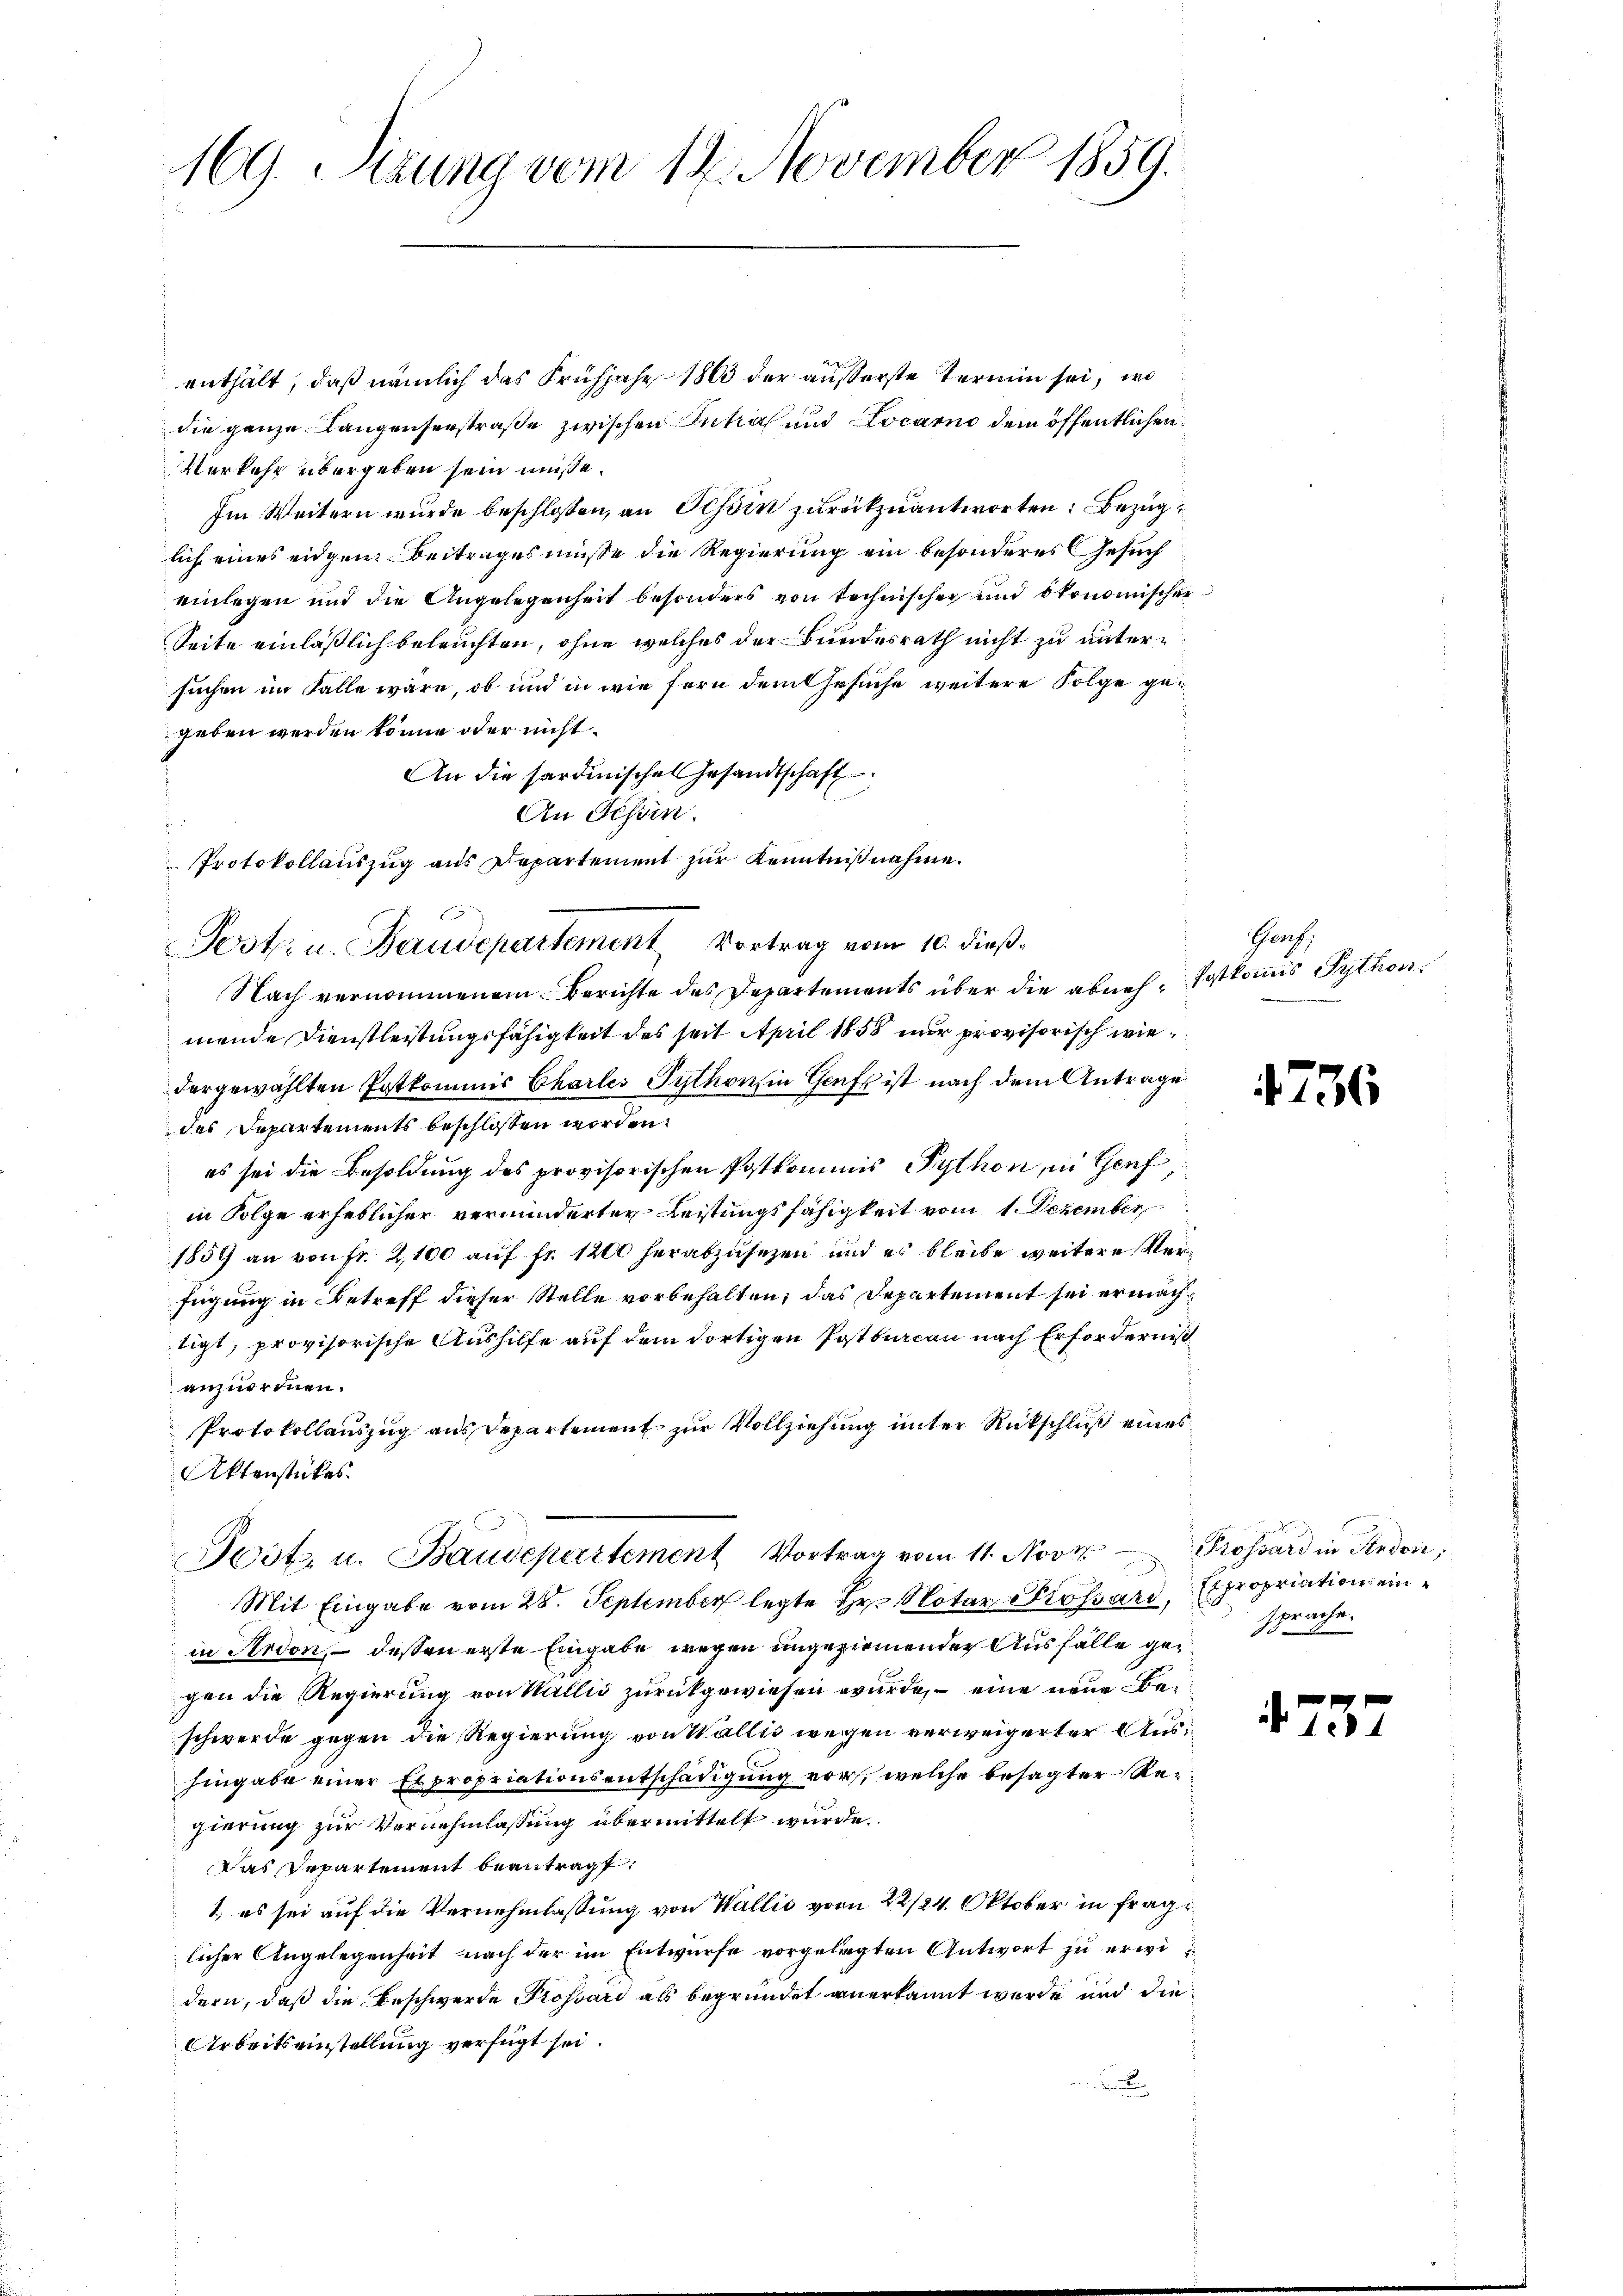
169. Sitzung vom 12. November 1859.

enthält, daß nämlich das Frühjahr 1863 der äußerste Termin sei, wo
die ganze Langenserstraße zwischen Inhal und Locarno dem öffentlichen
Verkehr übergeben sein müsse.
Im Weitern wurde beschlossen, an Tessin zurückzŭantworten. Bezug
lich eines eidgen: Beitrages müsse die Regierung ein besonderes Gesuch
einlegen und die Angelegenheit besonders von technischer und ökonomischer
Seite einläßlich beleuchten, ohne welches der Bundesrath nicht zu untersuchen im Falle wäre, ob und in wie fern dem Gesuche weitere Folge gegeben werden könne oder nicht
An die sardinischen Gesandtschaft
Nach vernommenem Berichte des Departements über die abneh Postkomis Pythonmende Dienstleistungsfähigkeit des seit April 1858 nur provisorisch wiedergewählten Postkommis Charles Pythor in Genf ist nach dem Antrage
des Departements beschlossen worden.
es sei die Besoldung des provisorischen Postkommnis Python, in Genf,
in Folge erheblicher verminderter Leistungsfähigkeit vom 1. Dezember
1859 an von fr. 2,100 auf Fr. 1200 herabzusetzen und es bleibe weitere Verfügung in Betreff dieser Stelle vorbehalten, das Departement sei ermächtigt, provisorische Aushilfe auf dem dortigen Postburcan nach Erforderniß
anzuordnen.
Protokollauszug aus Departement zur Vollziehung unter Rückschluß eines
Aktenstückes.
Jost u. Baudepartement Vortrag vom 11. Noviz. Prossard in Anden,
Mit Eingabe vom 28. September legte Hr. Notar Prossard, Expropriation einin Ardon, – dessen erste Eingabe wegen ungeziemender Ausfälle gegen die Regierung von Wallis zurückgewiesen wurde, – eine neue Beschwerde gegen die Regierung von Wallis wegen verweigerter Aushingabe einer Expropriationsentschädigung vor, welche besagter Regierung zur Vernehmlassung übermittelt wurde.
Das Repartement beantragt,
1.) es sei auf die Vernehmlassung von Wallis vom 22/24. Oktober in fragt
licher Angelegenheit nach der im Entwurfe vorgelegten Antwort zu erwidern, daß die Beschwerde Possard als begründet anerkannt wurde und die¬
Arbeitseinstellung verfügt sei.

An Schön.
Protokollauszug aus Departement zur Kenntnißnahme.
Post u. Staudepartement Vortrag vom 10. dieß¬

Porf.

4756

sprache.

475.